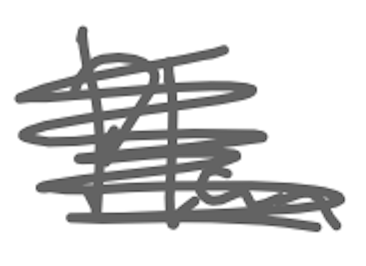
Text: Plan
Cross-out: scratch
Writing tool: digital_gray